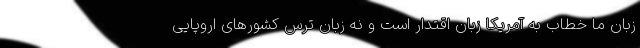
زبان ما خطاب به آمریکا زبان اقتدار است و نه زبان ترس کشورهای اروپایی